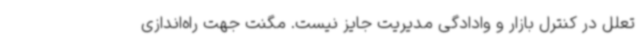
تعلل در کنترل بازار و وادادگی مدیریت جایز نیست. مگنت جهت راه‌اندازی